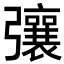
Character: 𢐿